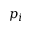
p _ { i }